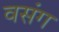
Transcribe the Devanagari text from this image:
वसंग